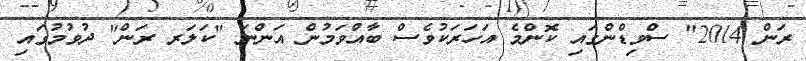
ރަން 2014" ސްވިޑްންގައި ކޮންމެ އަހަރަކުވެސް ބާއްވަމުން އަންނަ "ކަލަރ ރަން" ދުވުމުގައި